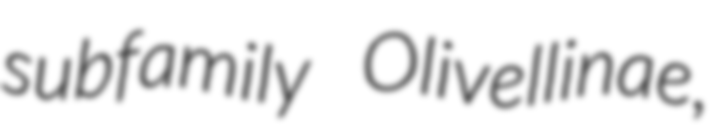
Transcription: subfamily Olivellinae,